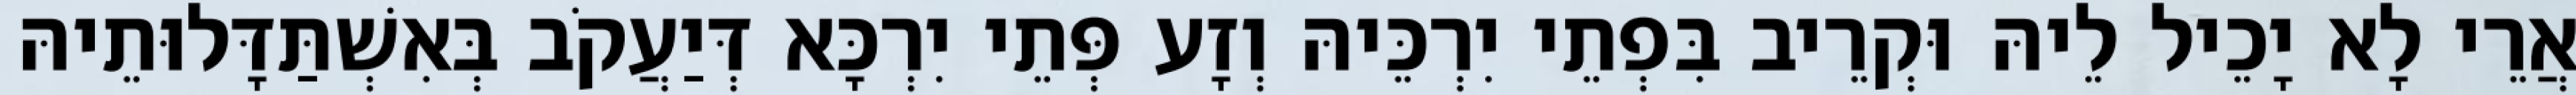
אֲרֵי לָא יָכֵיל לֵיהּ וּקְרֵיב בִּפְתֵי יִרְכֵּיהּ וְזָע פְּתֵי יִרְכָּא דְּיַעֲקֹב בְּאִשְׁתַּדָּלוּתֵיהּ